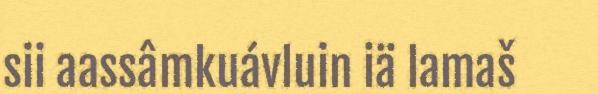
sii aassâmkuávluin iä lamaš